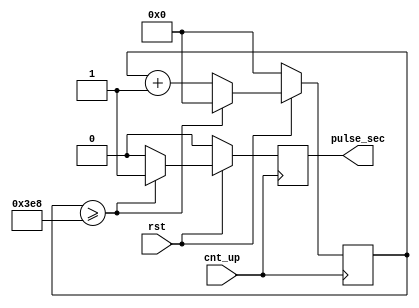
// ECE5440
// Module: cnt1000
// Description: counter for the secTimer module; receives a pulse every 1ms


module cnt1000(rst, cnt_up, pulse_sec);
    input rst, cnt_up;
    output pulse_sec;
    reg pulse_sec;

    reg [9:0] cnt;

    always @ (posedge cnt_up) begin
        if(rst == 1'b0)
        begin
            cnt <= 0;
            pulse_sec <= 0;
        end
        else begin
            if(cnt >= 1000)
            begin
                cnt <= 0;
                pulse_sec <= 1;
            end
            else begin
                pulse_sec <= 0;
                cnt <= cnt + 10'b1;
            end
        end
    end
endmodule